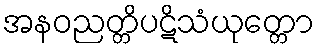
အနဝညတ္တိပဋိသံယုတ္တော